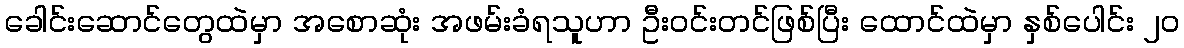
ခေါင်းဆောင်တွေထဲမှာ အစောဆုံး အဖမ်းခံရသူဟာ ဦးဝင်းတင်ဖြစ်ပြီး ထောင်ထဲမှာ နှစ်ပေါင်း ၂၀